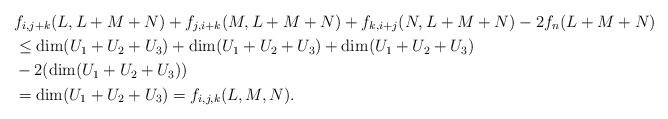
\begin{align*} &f_{i,j+k}(L,L+M+N) + f_{j,i+k}(M,L+M+N) + f_{k,i+j}(N,L+M+N) - 2f_n(L+M+N) \\ &\leq \dim (U_1+U_2+U_3) + \dim (U_1+U_2+U_3) + \dim (U_1+U_2+U_3) \\ &- 2(\dim (U_1+U_2+U_3)) \\ &= \dim (U_1+U_2+U_3) = f_{i,j,k}(L,M,N).\end{align*}